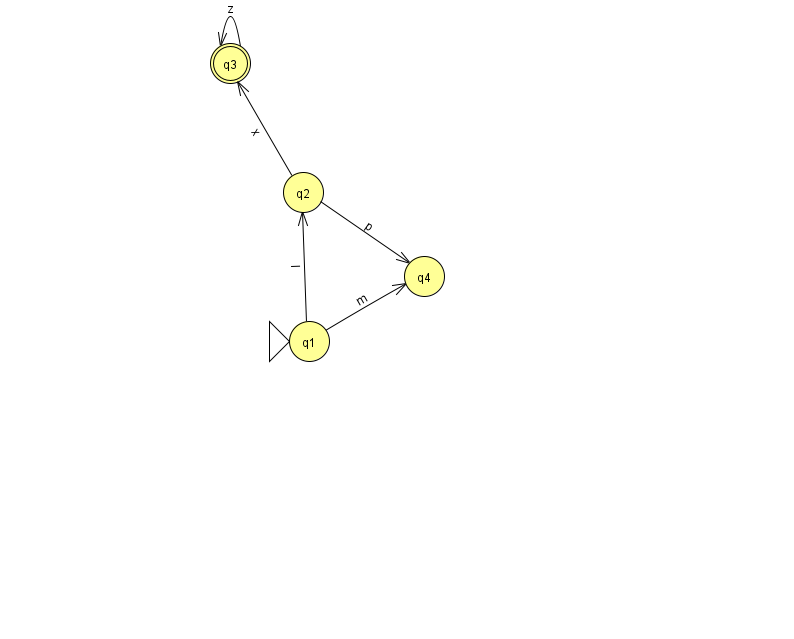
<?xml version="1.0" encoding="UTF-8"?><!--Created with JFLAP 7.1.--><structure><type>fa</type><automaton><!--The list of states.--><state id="1" name="q1"><x>309.0</x><y>328.0</y><initial/></state><state id="2" name="q2"><x>303.0</x><y>179.0</y></state><state id="3" name="q3"><x>230.0</x><y>50.0</y><final/></state><state id="4" name="q4"><x>424.0</x><y>263.0</y></state><!--The list of transitions.--><transition><from>1</from><to>2</to><read>l</read></transition><transition><from>2</from><to>3</to><read>x</read></transition><transition><from>3</from><to>3</to><read>z</read></transition><transition><from>2</from><to>4</to><read>p</read></transition><transition><from>1</from><to>4</to><read>m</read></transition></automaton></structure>